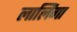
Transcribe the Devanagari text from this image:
लालिंगा